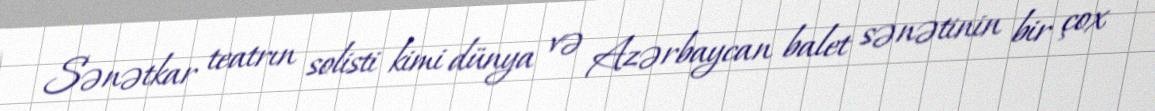
Sənətkar teatrın solisti kimi dünya və Azərbaycan balet sənətinin bir çox